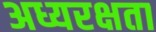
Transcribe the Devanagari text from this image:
अध्यरक्षता